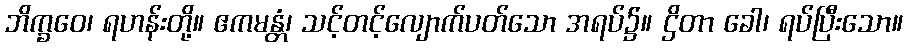
ဘိက္ခဝေ၊ ရဟန်းတို့။ ဧကမန္တံ၊ သင့်တင့်လျောက်ပတ်သော အရပ်၌။ ဌိတာ ခေါ၊ ရပ်ပြီးသော။